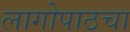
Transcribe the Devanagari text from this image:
लागोपाठचा